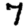
Digit: 7